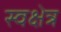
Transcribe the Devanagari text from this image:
स्वक्षेत्र